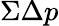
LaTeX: \Sigma\Delta p